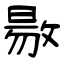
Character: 敭